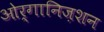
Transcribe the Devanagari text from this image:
ओर्गानिज़शन